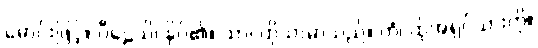
မောင်းဖြင့်။ ပီဠေသိ၊ နှိပ်၏။ သာ၊ ထိုသာမာသည်။ တံ၊ ထိုအရှင်သားကို။